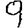
Digit: 9